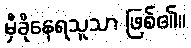
မှီခိုနေရသူသာ ဖြစ်၏။